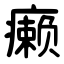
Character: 癞